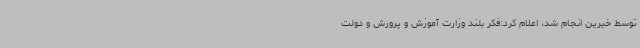
توسط خیرین انجام شد، اعلام کرد:فکر بلند وزارت آموزش و پرورش و دولت